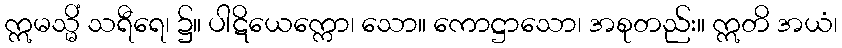
ဣမသ္မိံ သရီရေ၊ ၌။ ပါဋိယေက္ကော၊ သော။ ကောဋ္ဌာသော၊ အစုတည်း။ ဣတိ အယံ၊